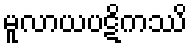
မူလာယပဋိကဿိ